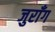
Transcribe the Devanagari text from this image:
जुराँग